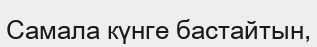
Самала күнге бастайтын,